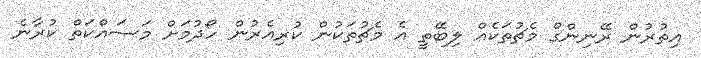
އިތުރުން ރޭނިންގް މެޗުތަކެއް ލިބޭތީ އެ މެޗުތަކުން ކުރިއެރުން ހޯދުމަށް މަސައްކަތް ކުރާނެ